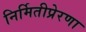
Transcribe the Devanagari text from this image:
निर्मितीप्रेरणा